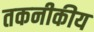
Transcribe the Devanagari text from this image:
तकनीकीय